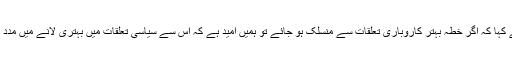
انہوں نے کہا کہ اگر خطہ بہتر کاروباری تعلقات سے منسلک ہو جائے تو ہمیں امید ہے کہ اس سے سیاسی تعلقات میں بہتری لانے میں مدد ملے گی۔